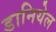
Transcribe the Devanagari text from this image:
डानियेल